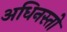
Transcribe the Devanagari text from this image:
अधिनस्तो